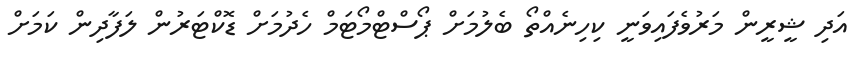
އަދި ޝީރީން މަރުވެފައިވަނީ ކިހިނެއްތޯ ބެލުމަށް ޕޯސްޓްމޯޓަމް ހެދުމަށް ޑޮކްޓަރުން ލަފާދިން ކަމަށް